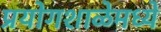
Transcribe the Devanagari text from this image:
प्रयोगशाळेमध्ये